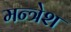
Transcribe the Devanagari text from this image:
मन्त्रेश